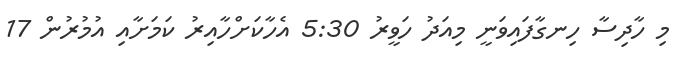
މި ހާދިސާ ހިނގާފައިވަނީ މިއަދު ހަވީރު 5:30 އެހާކަށްހާއިރު ކަމަށާއި އުމުރުން 17